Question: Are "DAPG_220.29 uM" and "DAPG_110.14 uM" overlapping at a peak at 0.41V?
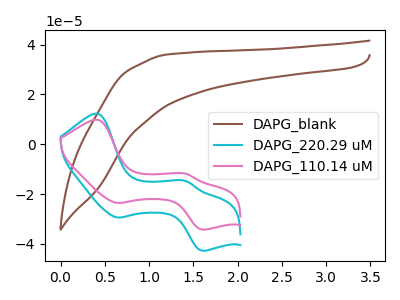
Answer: <think>The brown curve "DAPG_blank" has no peaks. The cyan curve "DAPG_220.29 uM" has anodic peaks at (0.40V, 12.25uA) (1.40V, -14.80uA) and cathodic peaks at (0.65V, -29.40uA) (1.60V, -42.75uA). The pink curve "DAPG_110.14 uM" has anodic peaks at (0.40V, 9.80uA) (1.40V, -11.85uA) and cathodic peaks at (0.65V, -23.60uA) (1.60V, -34.25uA).</think>
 <answer>Yes, "DAPG_220.29 uM" and "DAPG_110.14 uM" share a peak at 0.41V.</answer>
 <eval>match</eval>